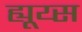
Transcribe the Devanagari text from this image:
ह्यूय्स